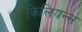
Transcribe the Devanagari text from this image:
किलियन्स